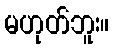
မဟုတ်ဘူး။